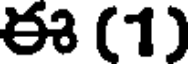
ఈ (1)